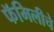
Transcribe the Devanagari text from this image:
फॅमिलीचे